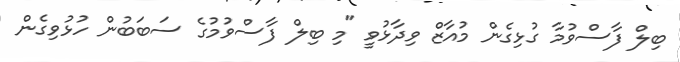
ބިލް ފާސްވުމާ ގުޅިގެން މުއާޒް ވިދާޅުވީ "މި ބިލް ފާސްވުމުގެ ސަބަބުން ހުޅުވިގެން